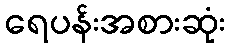
ရေပန်းအစားဆုံး